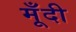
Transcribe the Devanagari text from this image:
मूँदी